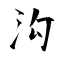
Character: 沟